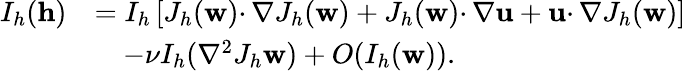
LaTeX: \begin{array}{rl}{I_{h}(\mathbf{h})}&{=I_{h}\left[J_{h}(\mathbf{w})\cdotp\nabla J_{h}(\mathbf{w})+J_{h}(\mathbf{w})\cdotp\nabla\mathbf{u}+\mathbf{u}\cdotp\nabla J_{h}(\mathbf{w})\right]}\\ &{\quad-\nu I_{h}(\nabla^{2}J_{h}\mathbf{w})+O(I_{h}(\mathbf{w})).}\end{array}